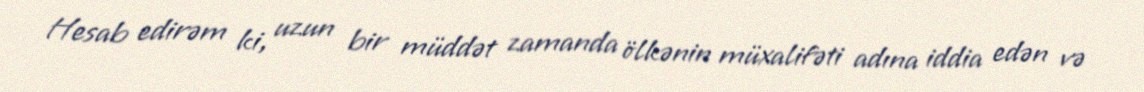
Hesab edirəm ki, uzun bir müddət zamanda ölkənin müxalifəti adına iddia edən və